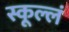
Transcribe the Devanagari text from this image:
स्कूल्लं